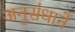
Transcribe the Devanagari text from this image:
अनुसंधानें